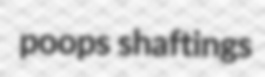
poops shaftings